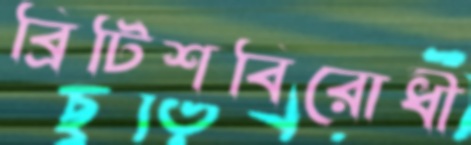
ব্রিটিশবিরোধী